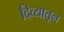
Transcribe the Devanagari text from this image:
दिव्यातून